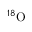
{ } ^ { 1 8 } \mathrm { O }